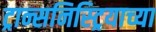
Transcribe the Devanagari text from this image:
ट्रान्सनिस्ट्रियाच्या